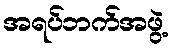
အရပ်ဘက်အဖွဲ့